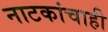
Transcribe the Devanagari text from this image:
नाटकांचाही